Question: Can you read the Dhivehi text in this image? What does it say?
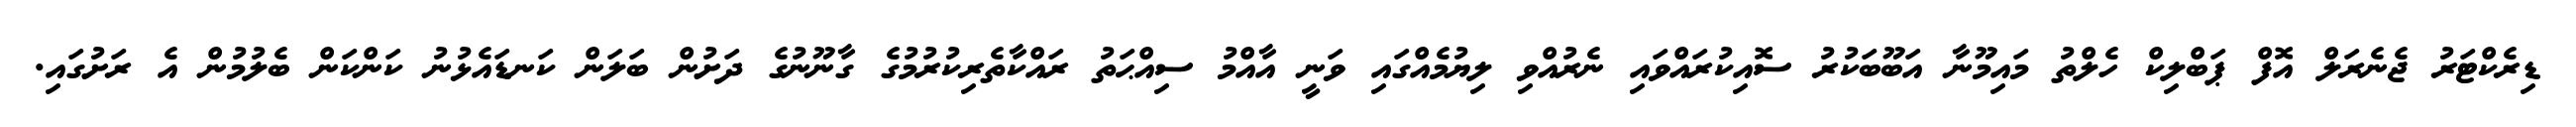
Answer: ޑިރެކްޓަރު ޖެނެރަލް އޮފް ޕަބްލިކް ހެލްތު މައިމޫނާ އަބޫބަކުރު ސޮއިކުރައްވައި ނެރުއްވި ލިޔުމެއްގައި ވަނީ އާއްމު ސިއްޙަތު ރައްކާތެރިކުރުމުގެ ގާނޫނުގެ ދަށުން ބަލަން ކަނޑައެޅުނު ކަންކަން ބެލުމުން އެ ރަށުގައި.